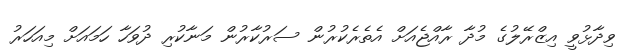
ވިދާޅުވީ އިޒްރޭލުގެ މުދާ ރާއްޖެއަށް އެތެރެކުރުން ސަރުކާރުން މަނާކުރި ދުވަހާ ހަމައަށް މިއަހަރު